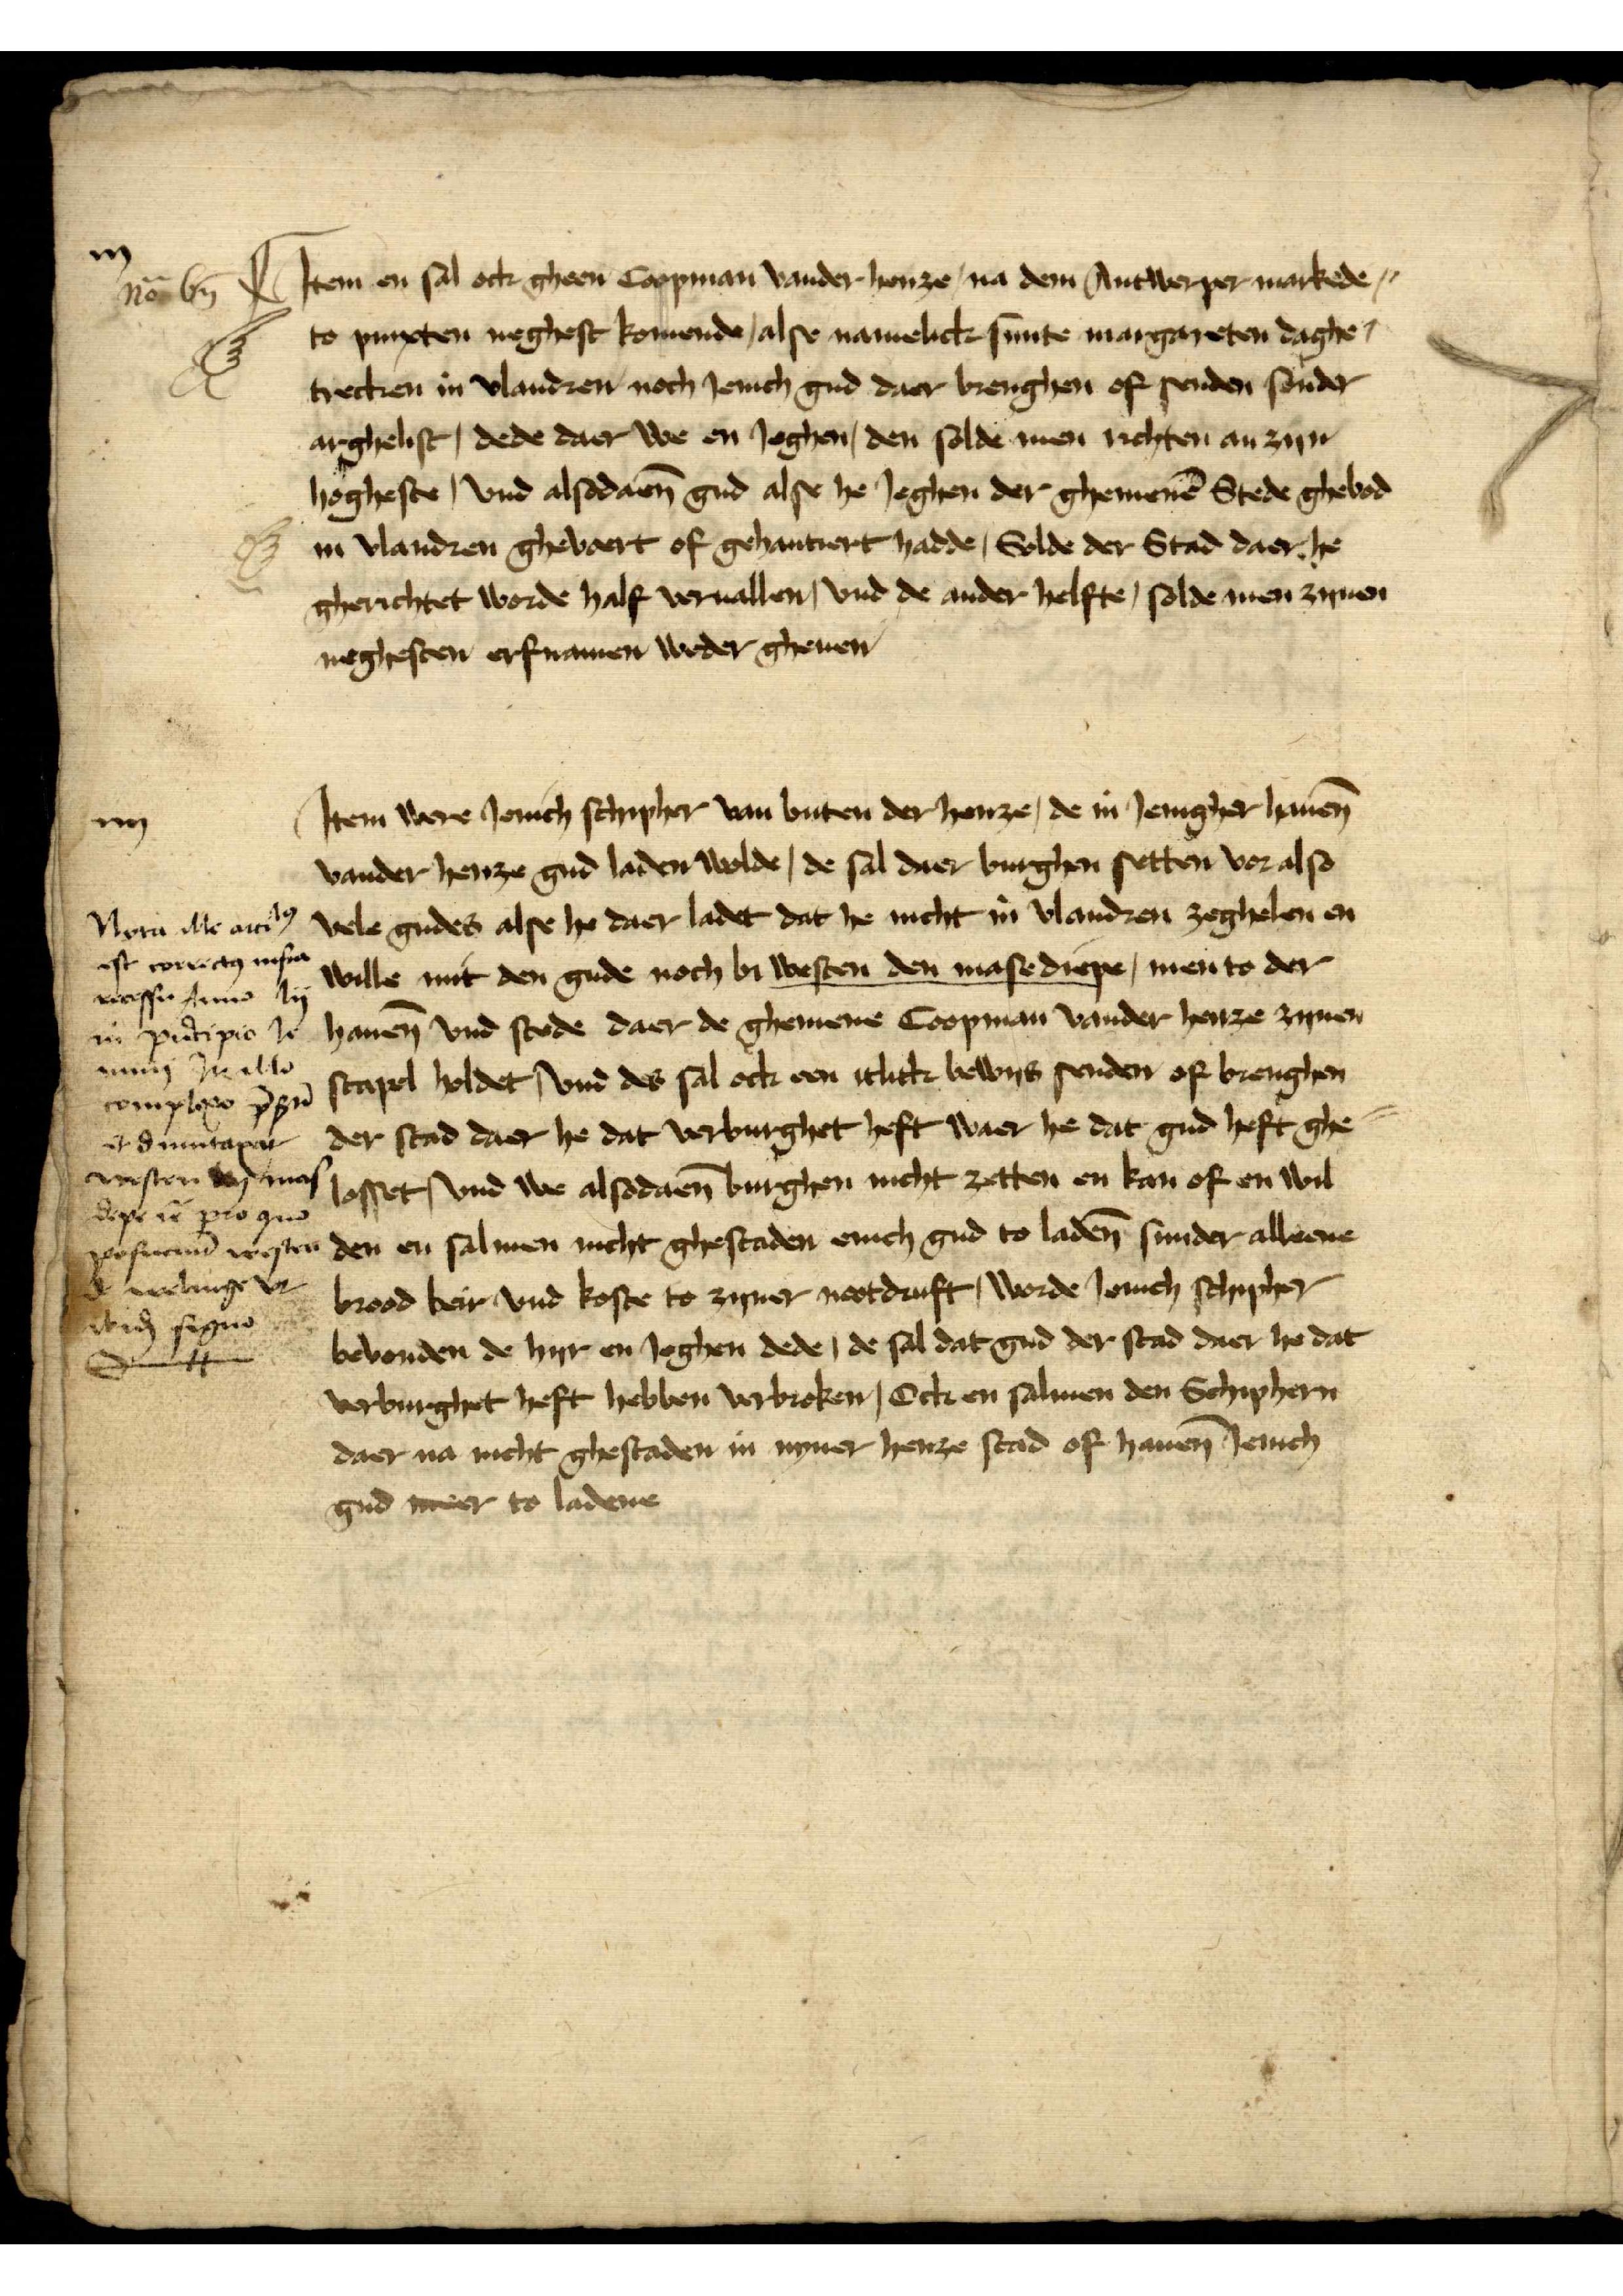
Jtem en sal ock gheen Copman vander henze na dem Antwerper markede
to pinxten negest komende, alse namelick sunte margareten daghe
trecken in Vlandren noch Jenich gud daer brengen of senden sonder
arghelist, dede daer we en Jeghen, den solde men richten an zyn
hogheste, vnd alsodan̄ gud alse he Jeghen der ghemeenē Stede ghebod
in Vlandren gebort off gehantiert hadde, wolde der Stad daer he
gherichtet worde half voruallen, vnd de ander helfte, solde men zynen
neghesten erframen wedder geuen

nō vij

Jtem were Jenich schipher van buten der henze, de in Jenigher hauen̄
vander henze gud laden wolde, de sal daer burghen setten vor also
vele gudes alse he daer ladet dat he nicht in Vlandren zeghelen en
wille mit den gude noch bi westen den mase drepe, men to der
Hauen vnd stede daer de ghemene Coopman vander henze zynen
stapel holdet vnd des sal ock een itlick bewys senden of brengen
der stad daer he dat verburghet heft waer he dat gud heft ge¬
losset vnd we alsodaen̄ burgen nicht zetten en kan of en wil¬
den en salmen nicht ghestaden enich gud to laden̄ sunder allene
brood bier vnd koste to zyner noodruft, worde Jenich Schipher
bevonden de hyr en Jeghen dede, de sal dat gud der stad daer he dat
vorburghet heft hebben verbroken, Ock en salmen den Schiphern
daer na nicht gestaden in nyner henze stad of hauenen Jenich
gud mer to ladene

iiij

Nota ille artilo̧
est corte mit
recesse en bi
in pipio he
in zulle
compto v̄ 
druntapat
westen wy man
depe in Prog
de welinge v
id seyn
Suntten